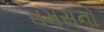
તમસનો